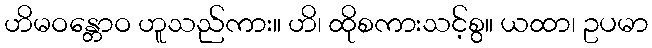
ဟိမဝန္တောဝ ဟူသည်ကား။ ဟိ၊ ထိုစကားသင့်စွ။ ယထာ၊ ဥပမာ